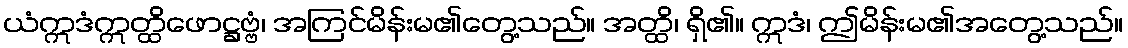
ယံဣဒံဣတ္ထိဖောဋ္ဌဗ္ဗံ၊ အကြင်မိန်းမ၏တွေ့သည်။ အတ္ထိ၊ ရှိ၏။ ဣဒံ၊ ဤမိန်းမ၏အတွေ့သည်။